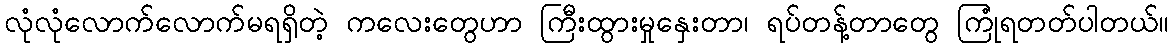
လုံလုံလောက်လောက်မရရှိတဲ့ ကလေးတွေဟာ ကြီးထွားမှုနှေးတာ၊ ရပ်တန့်တာတွေ ကြုံရတတ်ပါတယ်။